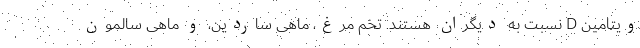
ویتامین D نسبت به دیگران هستند. تخم مرغ، ماهی ساردین، و ماهی سالمون